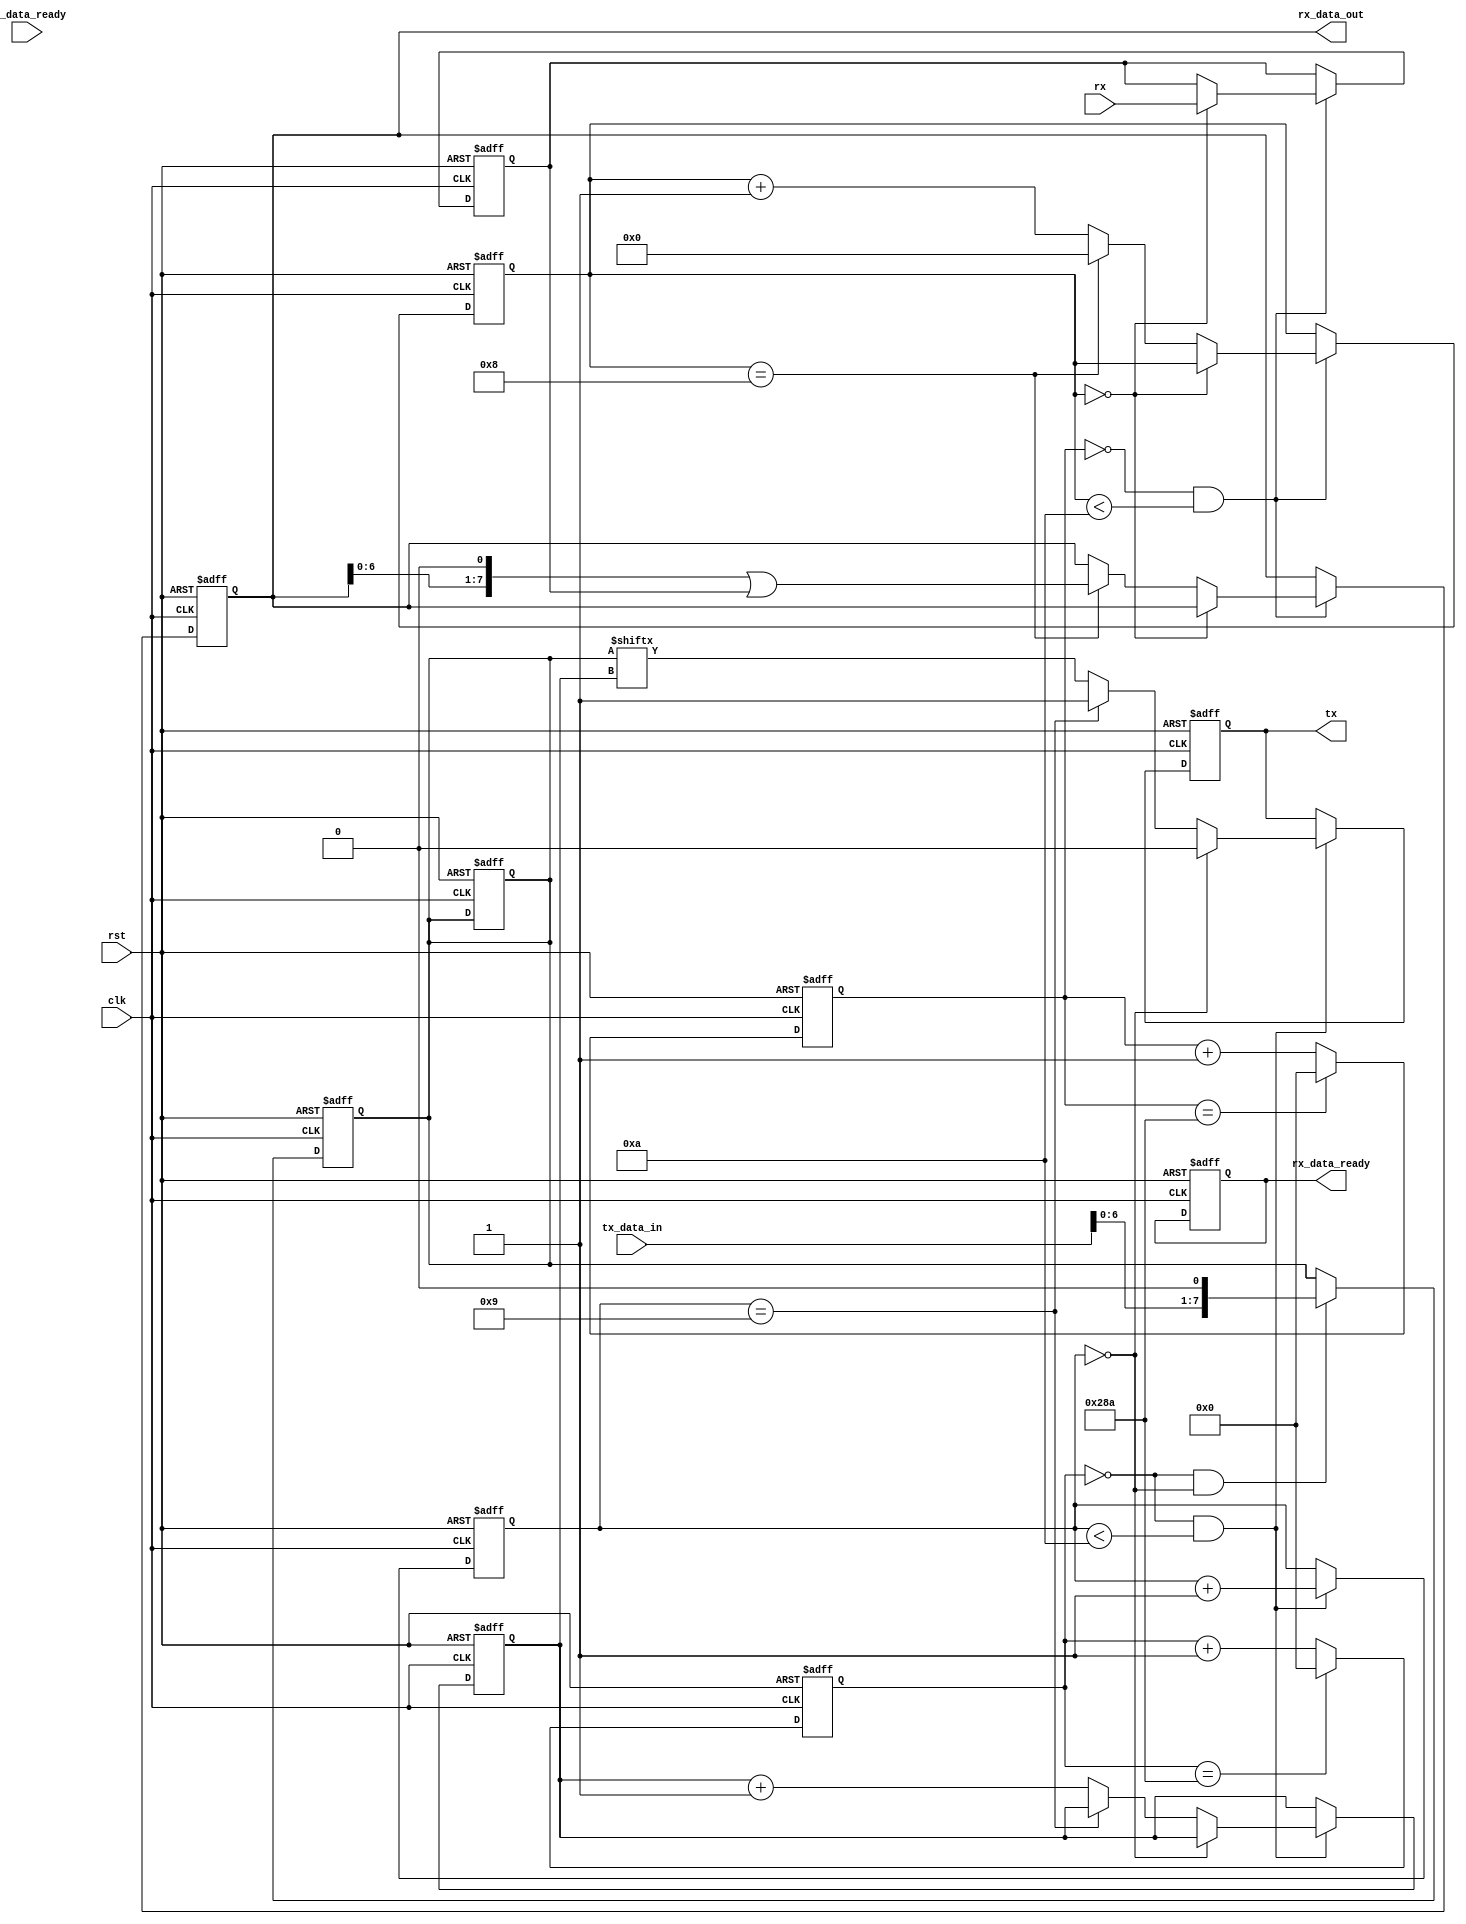
module UART (
    input wire clk,
    input wire rst,
    input wire rx,
    input wire [7:0] tx_data_in,
    input wire tx_data_ready, //data has been loaded into tx_data_in
    output reg rx_data_ready, //entire packet has been recieved
    output wire [7:0] rx_data_out,
    output wire tx
);

parameter BAUD_RATE = 9600;
parameter CLOCK_FREQ = 100_000_000; // Assuming a 100 MHz clock

reg [9:0] tx_count;
reg [9:0] rx_count;
reg [3:0] tx_bit_count;
reg [3:0] rx_bit_count;
reg [7:0] tx_shift_reg;
reg [7:0] rx_shift_reg;
reg [15:0] tx_baud_counter;
reg [15:0] rx_baud_counter;
reg tx_reg;
reg rx_reg;

always @(posedge clk or posedge rst) begin
    if (rst) begin
        tx_count <= 0;
        rx_count <= 0;
        tx_bit_count <= 0;
        rx_bit_count <= 0;
        tx_baud_counter <= 0;
        rx_baud_counter <= 0;
        tx_shift_reg <= 8'b0;
        rx_shift_reg <= 8'b0;
        tx_reg <= 1; // Start bit
        rx_reg <= 0; // Receive data
        rx_data_ready <= 0;
    end else begin
        // Baud rate generator for TX
        if (tx_baud_counter == CLOCK_FREQ / (BAUD_RATE * 16) - 1) begin
            tx_baud_counter <= 0;
        end else begin
            tx_baud_counter <= tx_baud_counter + 1;
        end

        // Transmit
        if (tx_baud_counter == 0 && tx_count < 10) begin
            if (tx_count == 0) begin
                tx_reg <= 0; // Start bit
            end else if (tx_count == 9) begin
                tx_reg <= 1; // Stop bit
                tx_count <= 0;
            end else begin
                tx_reg <= tx_shift_reg[tx_bit_count];
                tx_bit_count <= tx_bit_count + 1;
            end
            tx_count <= tx_count + 1;
        end

        // Baud rate generator for RX
        if (rx_baud_counter == CLOCK_FREQ / (BAUD_RATE * 16) - 1) begin
            rx_baud_counter <= 0;
        end else begin
            rx_baud_counter <= rx_baud_counter + 1;
        end

        // Receive
        if (rx_baud_counter == 0 && rx_count < 10) begin
            if (rx_count == 0) begin
                rx_reg <= rx;
            end else if (rx_count == 8) begin
                rx_shift_reg <= rx_shift_reg << 1 | rx_reg;
                rx_count <= 0;
            end else begin
                rx_count <= rx_count + 1;
            end
        end
    end
end

always @(posedge clk or posedge rst) begin
    if (rst) begin
        tx_shift_reg <= 8'b0;
    end else if (tx_baud_counter == 0 && tx_count == 0) begin
        tx_shift_reg <= {tx_data_in, 1'b0}; // Add stop bit
    end
end

assign rx_data_out = rx_shift_reg;

assign tx = tx_reg;

endmodule